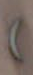
)